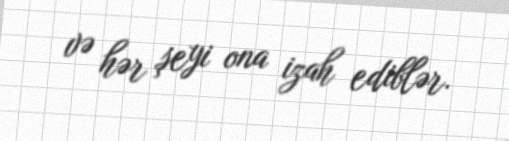
və hər şeyi ona izah ediblər.